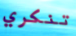
تنكري